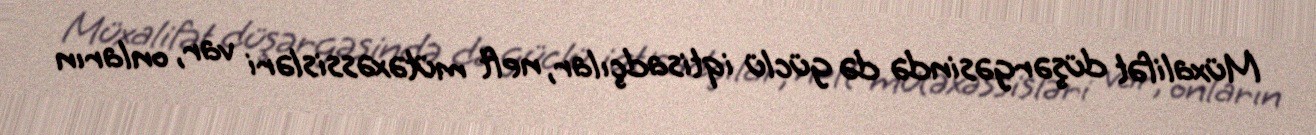
Müxalifət düşərgəsində də güclü iqtisadçılar, neft mütəxəssisləri var, onların